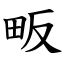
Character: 畈